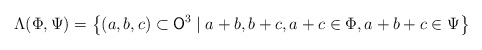
\begin{align*} \Lambda(\Phi,\Psi) = \left\lbrace (a,b,c) \subset \mathsf{O}^3 \mid a+b, b+c, a+c \in \Phi, a+b+c \in \Psi \right\rbrace \end{align*}